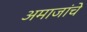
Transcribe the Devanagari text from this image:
अमाजांचे